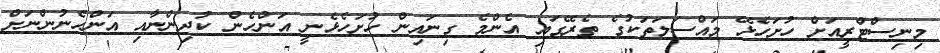
މިނިސްޓްރީއަށް ހުށަހެޅޭ މައްސަލަތަކުގެ ތެރޭގައި އެންމެ ގިނައިން ހުށަހެޅެނީ އަންހެން ކުދިންނާއި އަންހެނުންނަށް